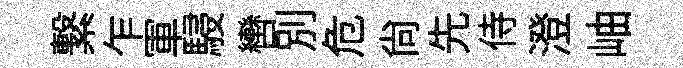
繋乍軍駸轡別危尚先侍澄岫